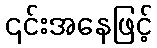
၎င်းအနေဖြင့်